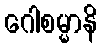
ဂေါစမ္မာနိ